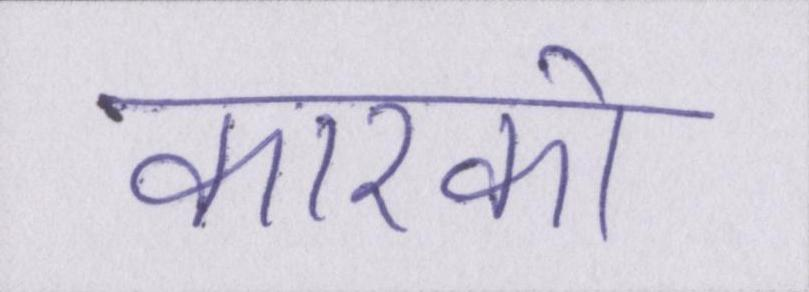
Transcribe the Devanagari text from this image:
कारको